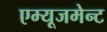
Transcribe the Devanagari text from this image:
एम्‍यूजमेन्‍ट